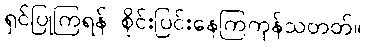
ရှင်ပြုကြရန် စိုင်းပြင်းနေကြကုန်သတတ်။